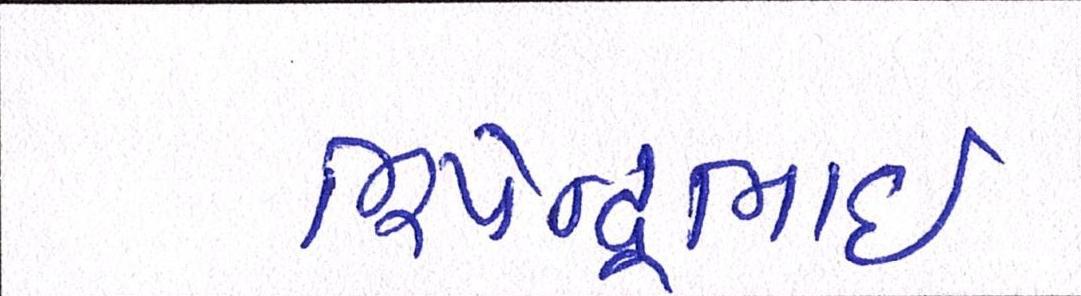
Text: ભૂપેન્દ્રભાઈ